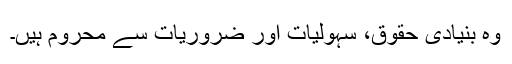
وہ بنیادی حقوق، سہولیات اور ضروریات سے محروم ہیں۔